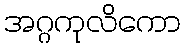
အဂ္ဂကုလိကော